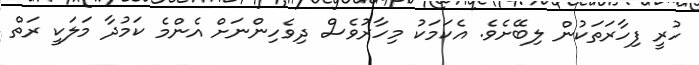
ހުރީ ފިހާރަތަކުން ލިބޭށެވެ. އެކަމަކު މިހާރުވެސް ދިވެހިންނަށް އެންމެ ކަމުދާ މަލަކީ ރަތް